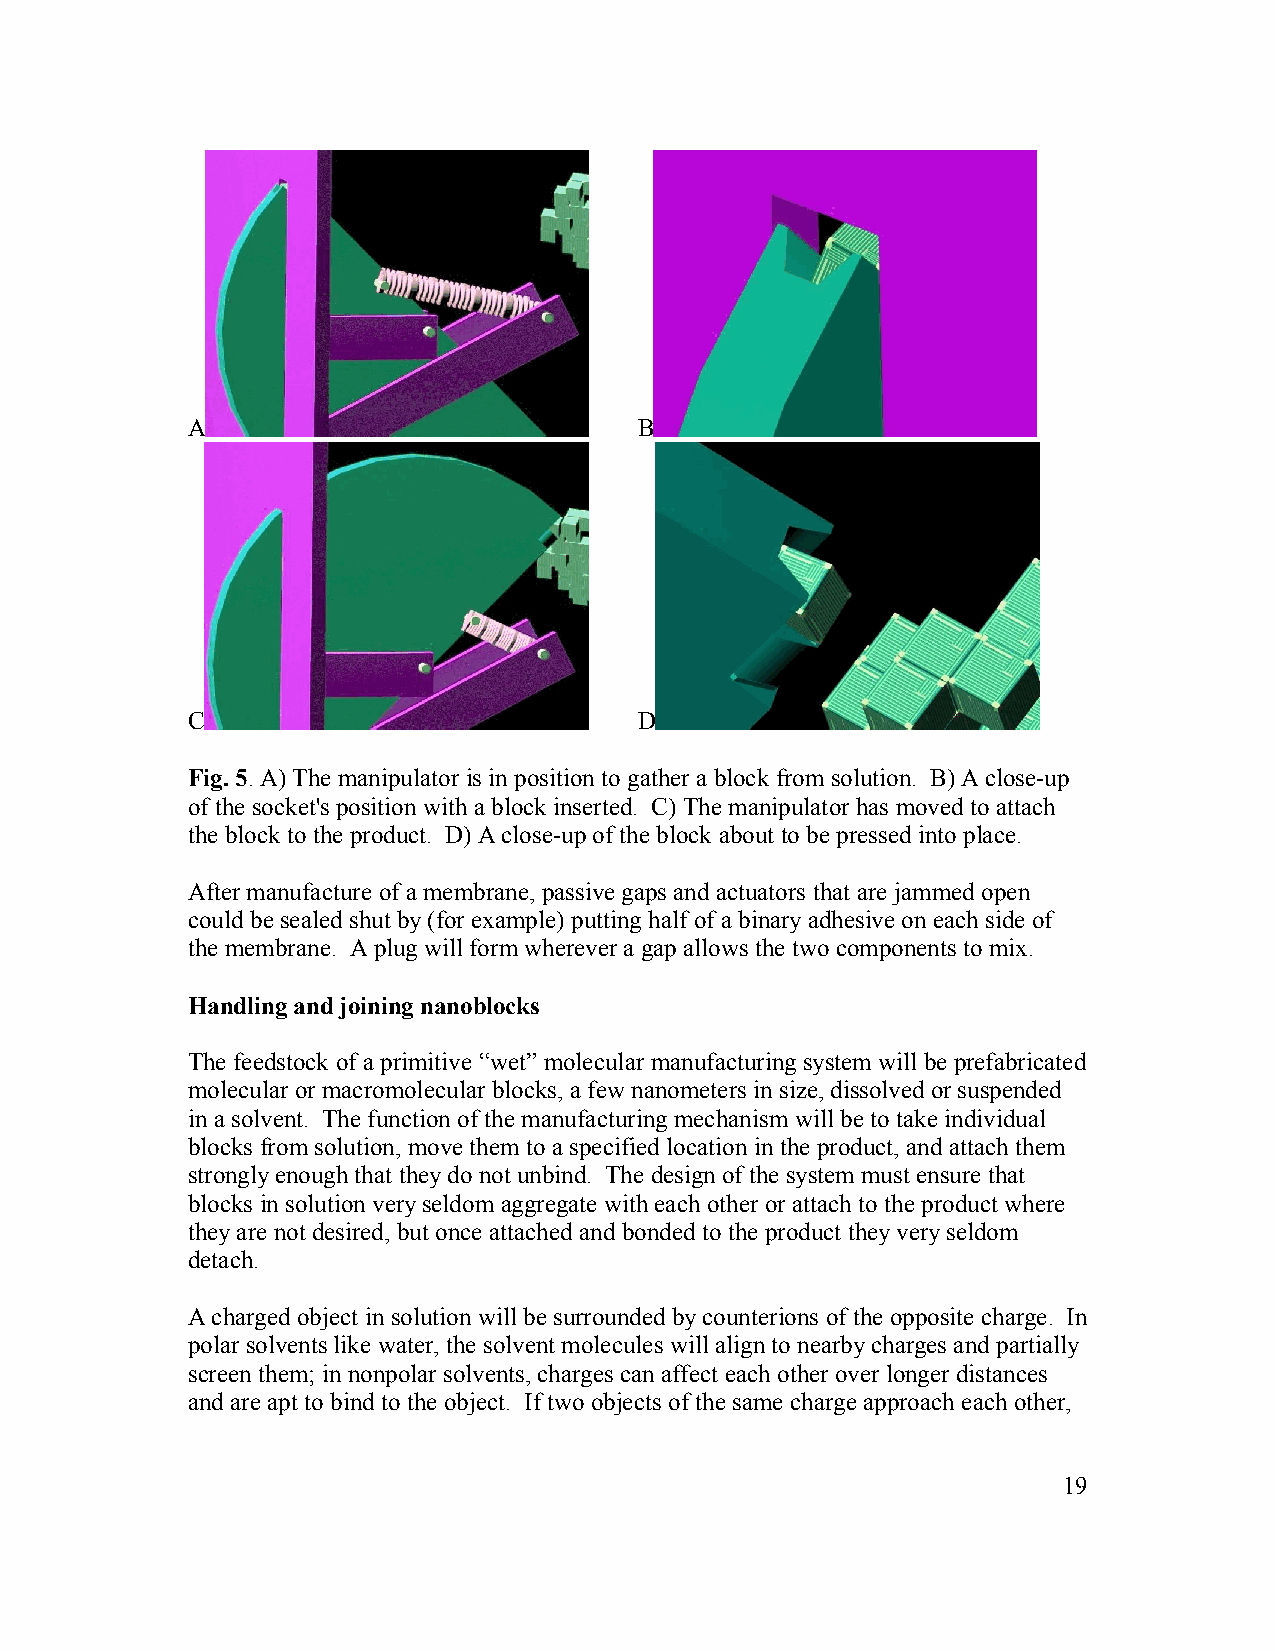
A                             B
 C                             D
 Fig. 5. A) The manipulator is in position to gather a block from solution. B) A close-up
 of the socket's position with a block inserted. C) The manipulator has moved to attach
 the block to the product. D) A close-up of the block about to be pressed into place.
 After manufacture of a membrane, passive gaps and actuators that are jammed open
 could be sealed shut by (for example) putting half of a binary adhesive on each side of
 the membrane. A plug will form wherever a gap allows the two components to mix.
 Handling and joining nanoblocks
 The feedstock of a primitive “wet” molecular manufacturing system will be prefabricated
 molecular or macromolecular blocks, a few nanometers in size, dissolved or suspended
 in a solvent. The function of the manufacturing mechanism will be to take individual
 blocks from solution, move them to a specified location in the product, and attach them
 strongly enough that they do not unbind. The design of the system must ensure that
 blocks in solution very seldom aggregate with each other or attach to the product where
 they are not desired, but once attached and bonded to the product they very seldom
 detach.
 A charged object in solution will be surrounded by counterions of the opposite charge. In
 polar solvents like water, the solvent molecules will align to nearby charges and partially
 screen them; in nonpolar solvents, charges can affect each other over longer distances
 and are apt to bind to the object. If two objects of the same charge approach each other,
 19